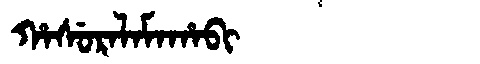
Manchu: ᡥᠠᠰᡠᡵᠠᠯᠠᠮᠠᡥᠠᠪᡳ
Romanization: HASURALAMAHABI